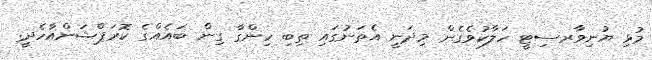
މުޅި ޔުނިވާރސިޓީ ހަލާކުވެގެން މިދަނީ އެތަނުގައި ތިބި ހިންގާ ގިން ބައެއްގެ ކޮރަޕްޝަންއާހެދީ.